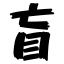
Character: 盲